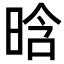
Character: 晗